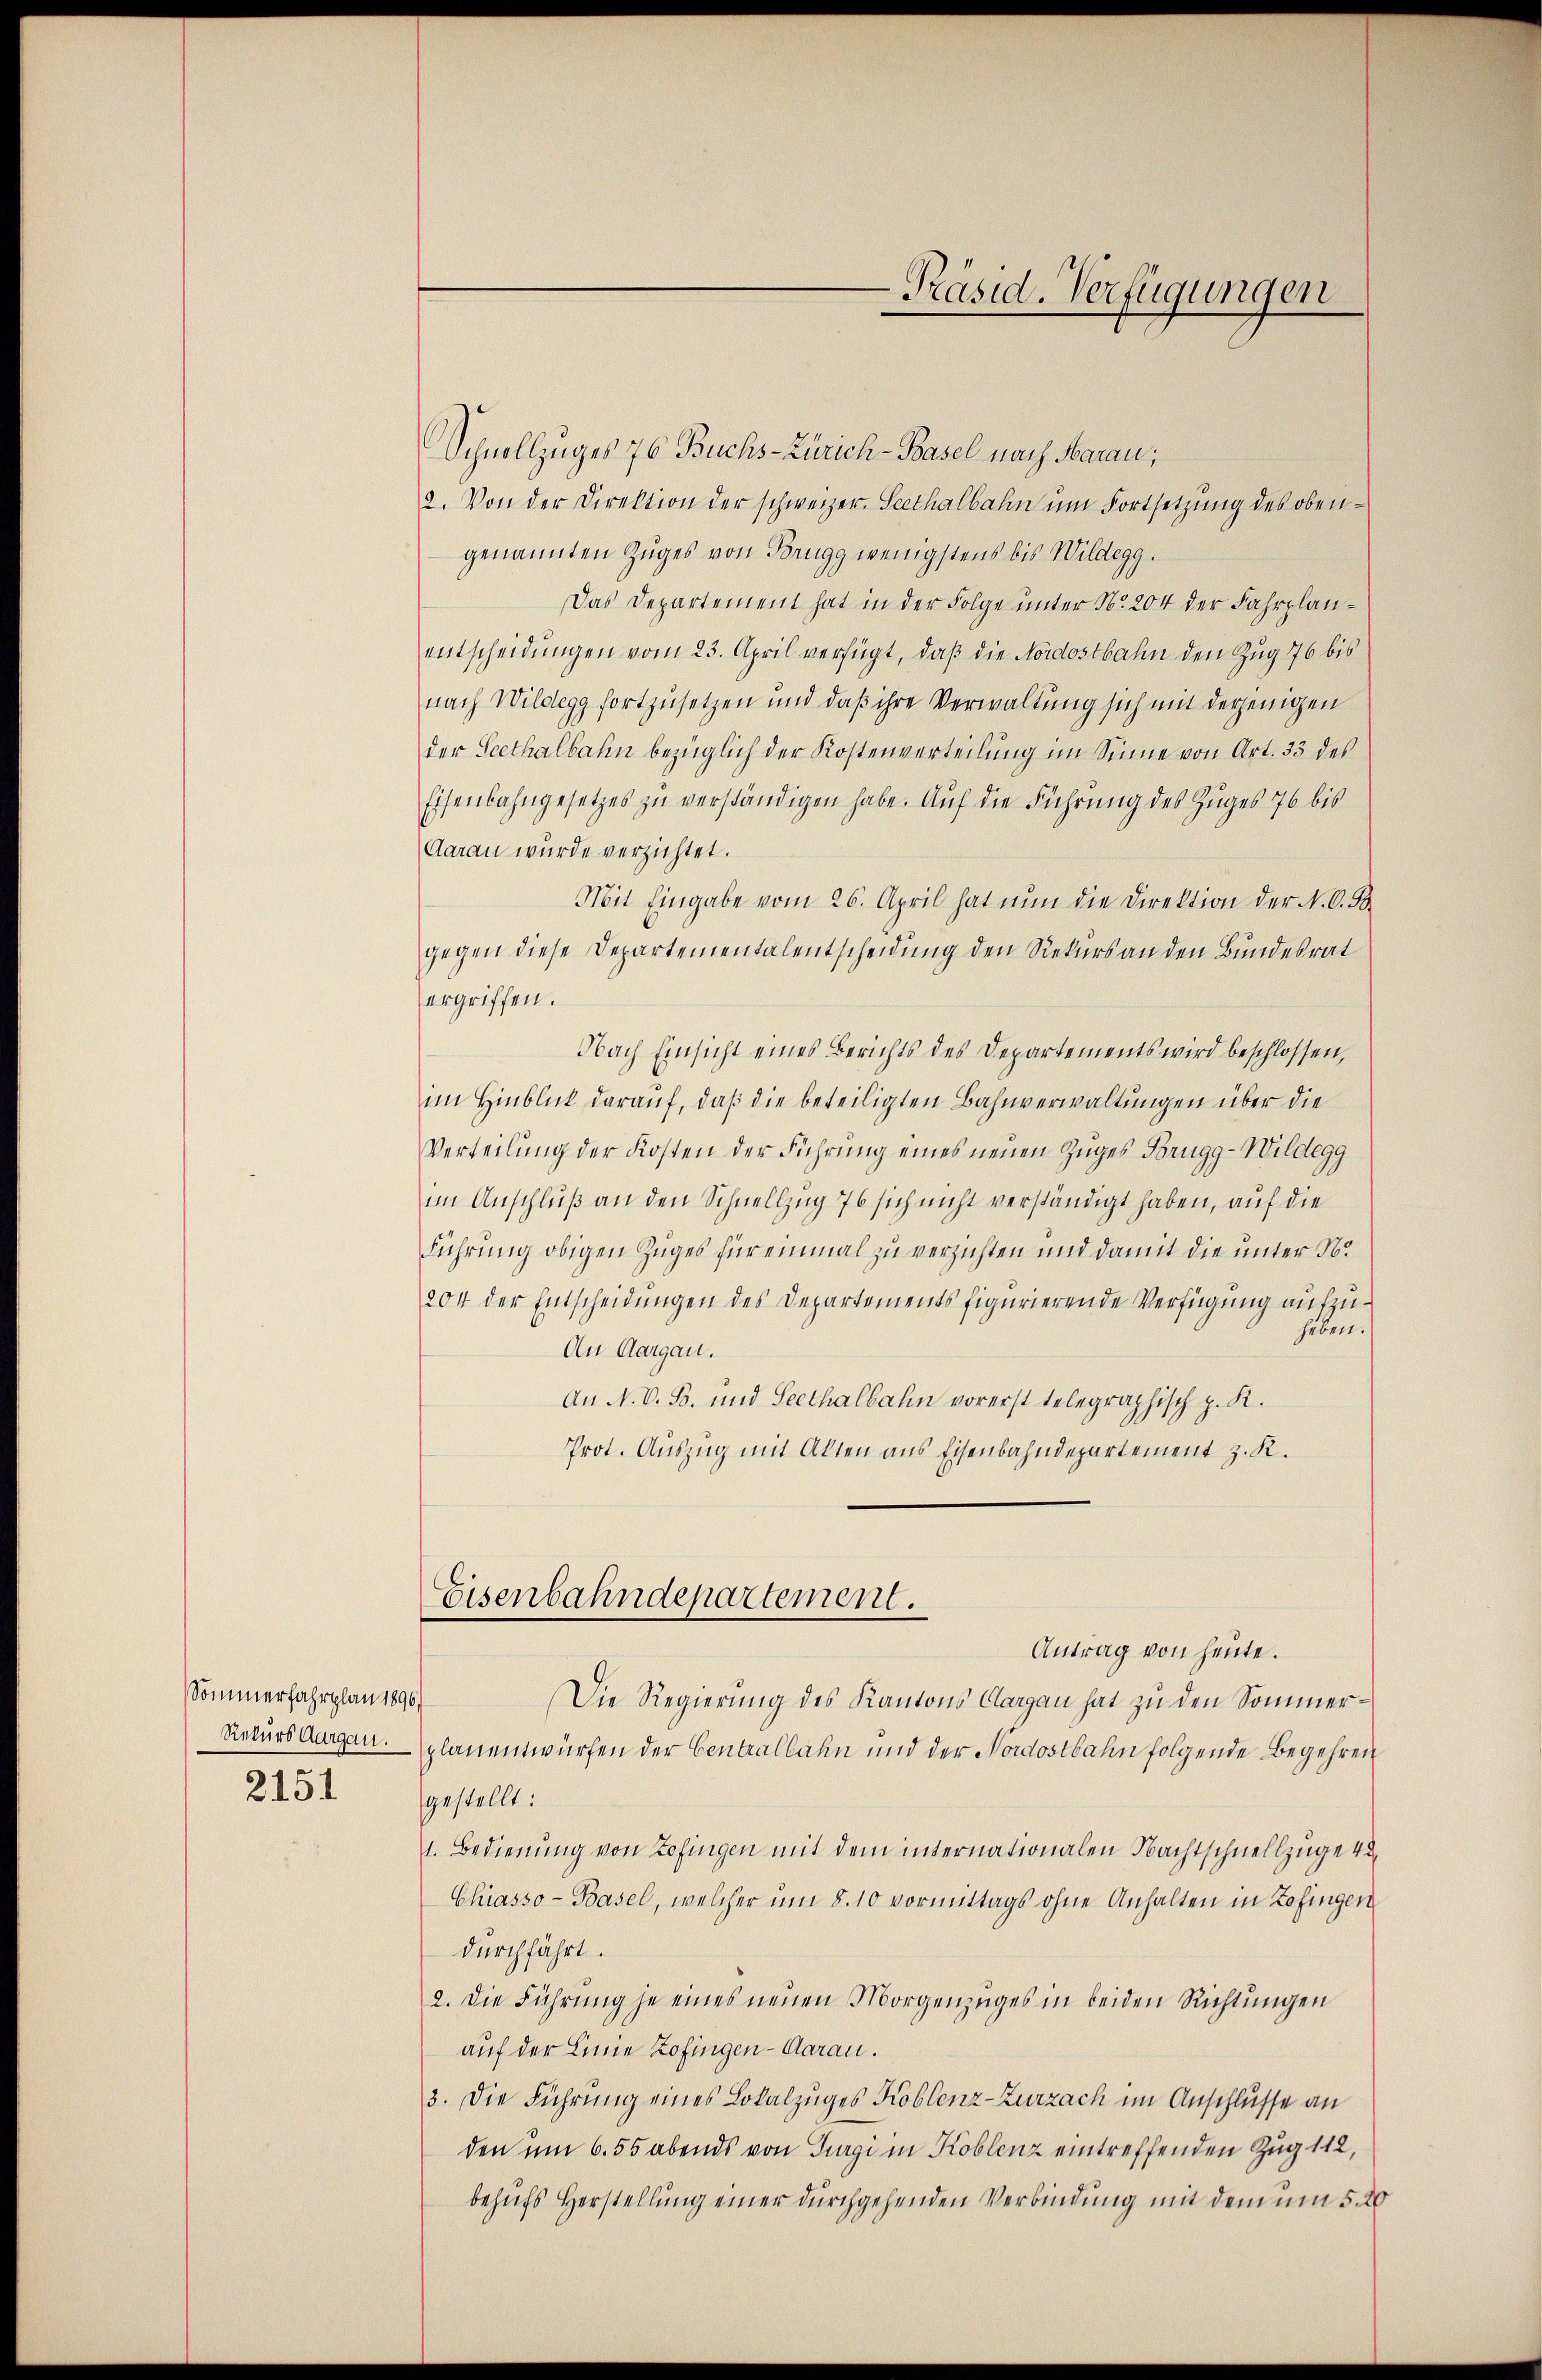
Sommerfahrplan 1896.
2151

Schnellzuges 76 Buchs-Zürich-Basel nach Marau,
2. Von der Direktion der schweizer. Seethalbahn ŭm Fortsetzŭng des obengenannten Zuges von Brugg wenigstens bis Wildegg.
Das Departement hat in der Folge unter N. 204 der Fahrplanentscheidungen vom 23. April verfügt, daß die Nordostbahn den Zug 76 bis
nach Wildegg fortzusetzen und daß ihre Verwaltung sich mit derjenigen
der Seethalbahn bezüglich der Kostenverteilung im Sinne von Art. 33 des
Eisenbahngesetzes zu verständigen habe. Auf die Führung des Zuges 76 bis
Aarau wurde verzichtet.
Mit Eingabe vom 26. April hat nun die Direktion der N. O. S
gegen diese Departementalentscheidung den Rekurs an den Bundesrat
ergriffen.
Nach Einsicht eines Berichts des Departements wird beschlossen,
im Hinblick darauf, daß die beteiligten Bahnverwaltungen über die
Verteilung der Kosten der Führung eines neuen Zuges Brugg-Wildegg
im Anschluß an den Schnellzug 76 sich nicht verständigt haben, auf die
Führung obigen Zuges für einmal zu verzichten und damit die unter N.
204 der Entscheidungen des Departements figurierende Verfügung aufzuheben.
An Aargau.
An N. V. B. und Seethalbahn vorerst telegraphisch p. K.
Prot. Auszug mit Alten aus Eisenbahndepartement z. K.
Eisenbahndepartement.
Antrag von heute.
Die Regierung des Kantons Aargau hat zu den Sommer¬
Rekurs Aurgau. planentwürfen der Centralbahn und der Nordostbahn folgende Begehren
gestellt:
1. Bedienung von Zofingen mit dem internationalen Nachtschnellzüge 42
Chiasso- Basel, welcher um 8. 10 vormittags ohne Anhalten in Zofingen
durchführt.
2. Die Führŭng je eines neuen Morgenzuges in beiden Richtungen
auf der Linie Zofingen-Aarau.
3. Die Führung eines Lokalzuges Koblenz-Zurzach im Anschlusse an
den um 6. 55 abends von Turgi in Koblenz eintreffenden Zug 112,
behufs Herstellung einer durchgehenden Verbindung mit dem um 5. 20

-Präsid. Verfügungen